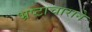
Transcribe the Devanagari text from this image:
भ्रष्टाचाराने